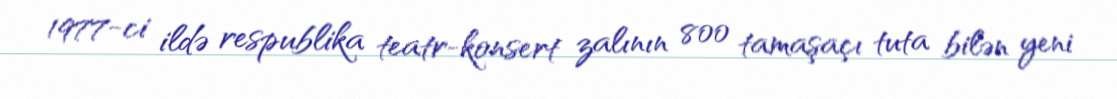
1977-ci ildə respublika teatr-konsert zalının 800 tamaşaçı tuta bilən yeni